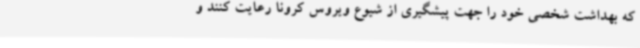
که بهداشت شخصی خود را جهت پیشگیری از شیوع ویروس کرونا رعایت کنند و